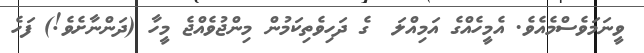
ވީނަމަވެސްމެއެވެ. އެމީހެއްގެ އަމިއްލަ  ގެ ދަހިވެތިކަމުން މިންޖުވެއްޖެ މީހާ (ދަންނާށެވެ!) ފަހެ